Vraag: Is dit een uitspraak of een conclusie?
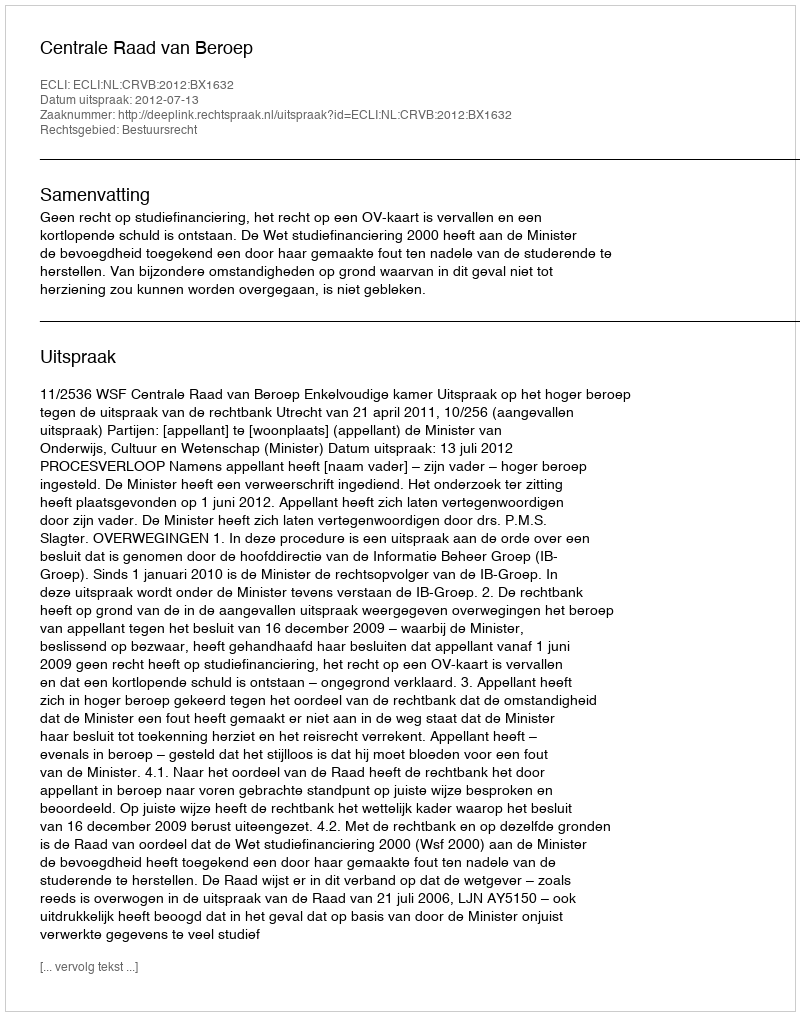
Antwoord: Uitspraak